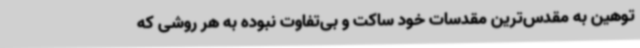
توهین به مقدس‌ترین مقدسات خود ساکت و بی‌تفاوت نبوده به هر روشی که